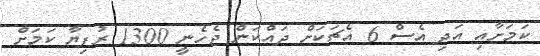
ކަމަށާއި އަދި އެސް 6 އެޗަކަށް ދައްކަން ޖެހެނީ 1300 ރުފިޔާ ކަމަށް